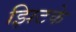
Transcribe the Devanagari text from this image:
झिटके